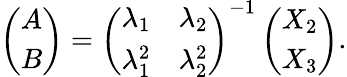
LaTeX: \left(\begin{array}{l}{A}\\ {B}\end{array}\right)=\left(\begin{array}{ll}{\lambda_{1}}&{\lambda_{2}}\\ {\lambda_{1}^{2}}&{\lambda_{2}^{2}}\end{array}\right)^{-1}\left(\begin{array}{l}{X_{2}}\\ {X_{3}}\end{array}\right).